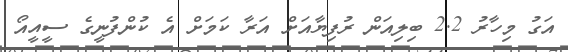
އަގު މިހާރު 2.2 ބިލިއަން ރުފިޔާއަށް އަރާ ކަމަށް އެ ކުންފުނީގެ ސީއީއޯ